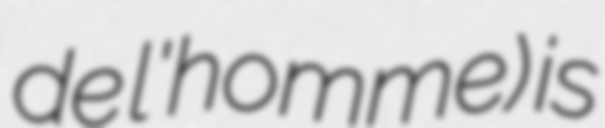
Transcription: de l'homme) is